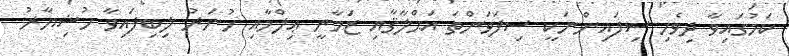
ކަމުގައިވާ ދިވެހި ސިފައިންނަކީ ސިފަވަންތަ އަޙްލާޤާއި ޒަމާނީ ޢިލްމާއި ހުނަރު ލިބިފައިވާ ހުޝިޔާރު